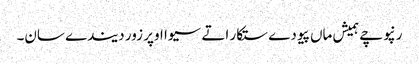
رنپوچے ہمیش ماں پیو دے ستکار اتے سیوا اوپر زور دیندے سان۔